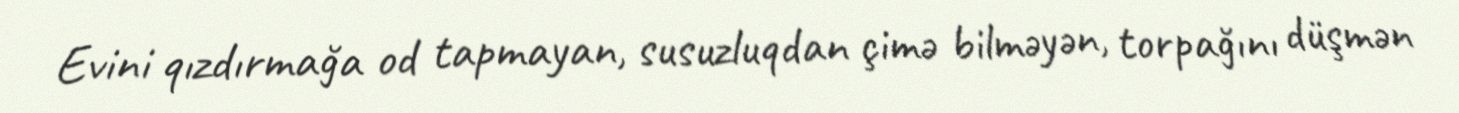
Evini qızdırmağa od tapmayan, susuzluqdan çimə bilməyən, torpağını düşmən